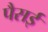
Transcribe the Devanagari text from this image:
पैसई